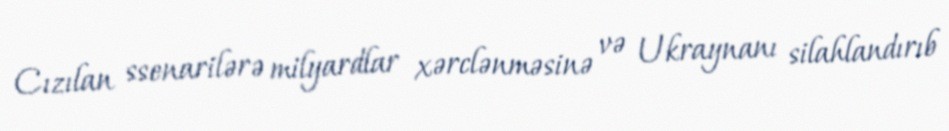
Cızılan ssenarilərə milyardlar xərclənməsinə və Ukraynanı silahlandırıb